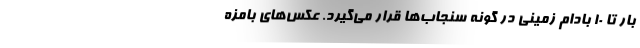
بار تا ۱۰ بادام زمینی در گونه سنجاب‌ها قرار می‌گیرد. عکس‌های بامزه